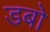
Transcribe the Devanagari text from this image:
डबो